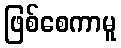
ဖြစ်စေကာမူ